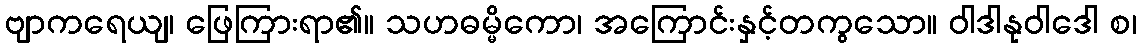
ဗျာကရေယျ၊ ဖြေကြားရာ၏။ သဟဓမ္မိကော၊ အကြောင်းနှင့်တကွသော။ ဝါဒါနုဝါဒေါ စ၊